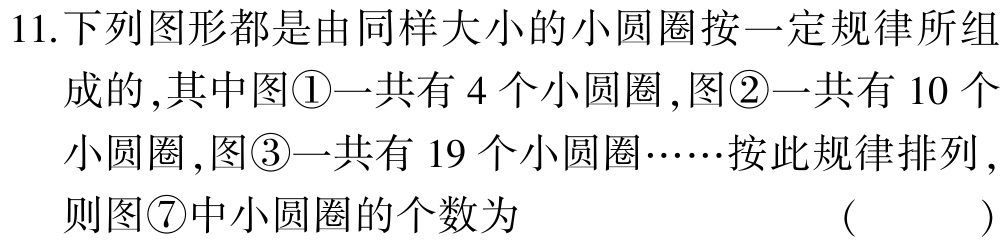
11.下列图形都是由同样大小的小圆圈按一定规律所组

成的,其中图\textcircled{1}一共有4个小圆圈,图\textcircled{2}一共有10个

小圆圈,图\textcircled{3}一共有19个小圆圈……按此规律排列,

则图\textcircled{7}中小圆圈的个数为 （ ）